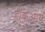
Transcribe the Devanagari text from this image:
हॉकआय